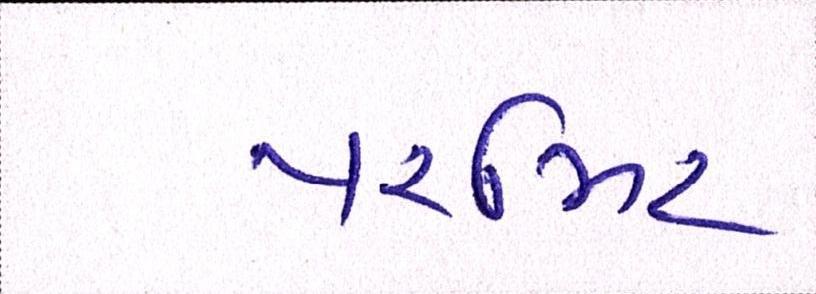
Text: પરમિટ